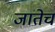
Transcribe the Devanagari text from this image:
जातेच